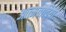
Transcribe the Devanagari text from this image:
आत्मवादियों